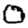
Digit: 0